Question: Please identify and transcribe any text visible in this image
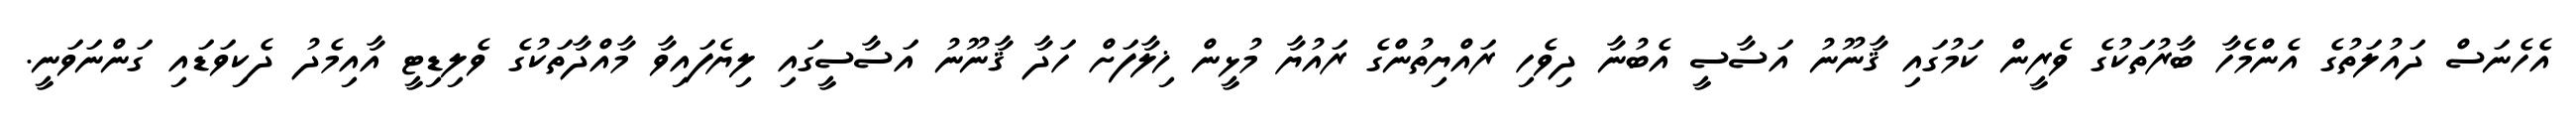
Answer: އެހެނަސް ދައުލަތުގެ އެންމެހާ ބާރުތަކުގެ ވެރީން ކަމުގައި ޤާނޫނު އަސާސީ އެބުނާ ދިވެހި ރައްޔިތުންގެ ރައުޔާ މުޅީން ޚިލާފަށް ހަދާ ޤާނޫނު އަސާސީގައި ލިޔެފައިވާ މާއްދާތަކުގެ ވެލިޑިޓީ އާއިމެދު ދެކިވަޑައި ގަންނަވަނީ.